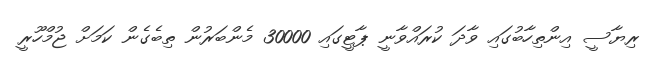
ރިޔާސީ އިންތިހާބުގައި ވާދަ ކުރައްވާނީ ޕާޓީގައި 30000 މެންބަރުން ތިބެގެން ކަމަށް ޖުމްހޫރީ